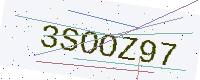
Text: 3SOOZ97